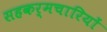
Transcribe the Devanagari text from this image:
सहकर्मचारियों